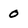
Character: 0